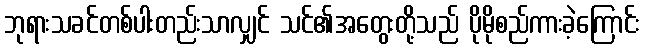
ဘုရားသခင်တစ်ပါးတည်းသာလျှင် သင်၏အတွေးတို့သည် ပိုမိုစည်ကားခဲ့ကြောင်း